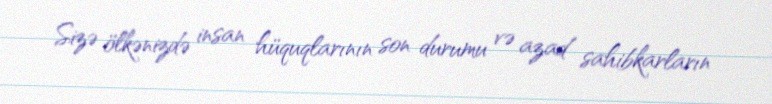
Sizə ölkənizdə insan hüquqlarının son durumu və azad sahibkarların